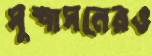
সুশাসনেরও